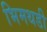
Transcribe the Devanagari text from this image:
भिमथडी